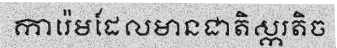
ការ៉េមដែលមានជាតិស្ករតិច